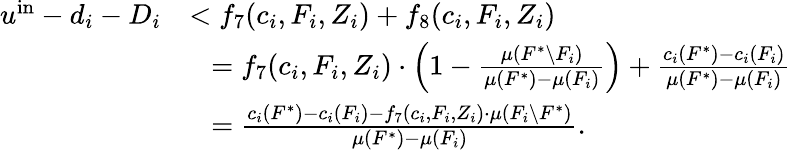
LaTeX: \begin{array}{rl}{u^{\mathrm{in}}-d_{i}-D_{i}}&{<f_{7}(c_{i},F_{i},Z_{i})+f_{8}(c_{i},F_{i},Z_{i})}\\ {}&{~~=f_{7}(c_{i},F_{i},Z_{i})\cdot\left(1-\frac{\mu(F^{*}\setminus F_{i})}{\mu(F^{*})-\mu(F_{i})}\right)+\frac{c_{i}(F^{*})-c_{i}(F_{i})}{\mu(F^{*})-\mu(F_{i})}}\\ {}&{~~=\frac{c_{i}(F^{*})-c_{i}(F_{i})-f_{7}(c_{i},F_{i},Z_{i})\cdot\mu(F_{i}\setminus F^{*})}{\mu(F^{*})-\mu(F_{i})}.}\end{array}